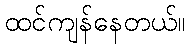
ထင်ကျန်နေတယ်။